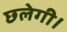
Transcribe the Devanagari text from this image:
छलेगी।